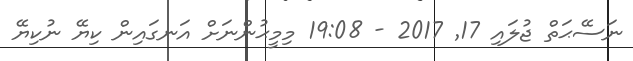
ނަސޭޙަތް ޖުލައި 17